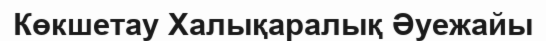
Көкшетау Халықаралық Әуежайы